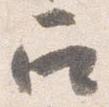
召